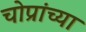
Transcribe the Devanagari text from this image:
चोप्रांच्या